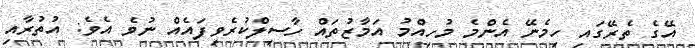
އޭގެ ތެރޭގައި ހިމެނޭ އެންމެ މުހިއްމު އަމާޒުތައް ހާސިލްކުރެވިފައެއް ނުވެ އެވެ: އުތުރާއި